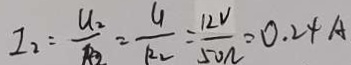
I _ { 2 } = \frac { U _ { 2 } } { R _ { 2 } } = \frac { U } { R _ { 2 } } = \frac { 1 2 V } { 5 0 \Omega } = 0 . 2 4 A